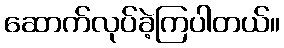
ဆောက်လုပ်ခဲ့ကြပါတယ်။